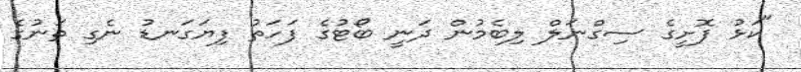
"ކަޅު ފޮށީގެ ސިގްނަލް ލިބެމުން ދަނީ ބޯޓުގެ ފަހަތު ފިޔަގަނޑު ނެގި ތަނުގެ